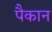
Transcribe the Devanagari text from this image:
पैकान